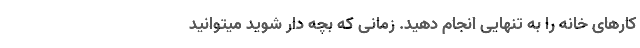
کارهای خانه را به تنهایی انجام دهید. زمانی که بچه دار شوید میتوانید